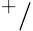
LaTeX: ^+/